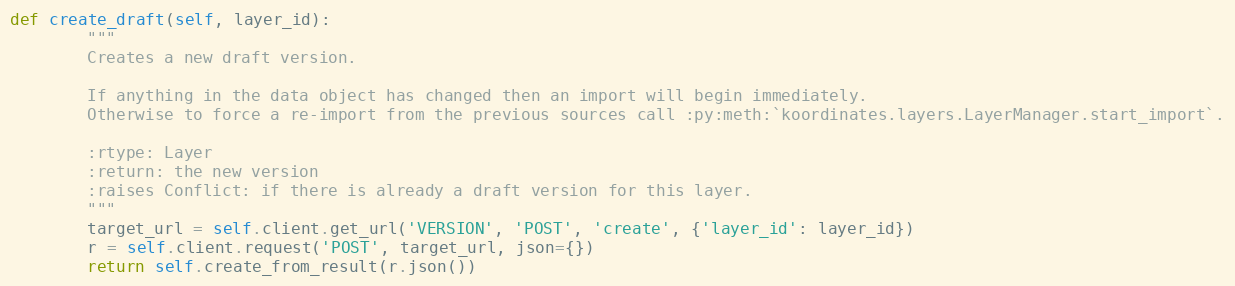
Language: Python
def create_draft(self, layer_id):
        """
        Creates a new draft version.

        If anything in the data object has changed then an import will begin immediately.
        Otherwise to force a re-import from the previous sources call :py:meth:`koordinates.layers.LayerManager.start_import`.

        :rtype: Layer
        :return: the new version
        :raises Conflict: if there is already a draft version for this layer.
        """
        target_url = self.client.get_url('VERSION', 'POST', 'create', {'layer_id': layer_id})
        r = self.client.request('POST', target_url, json={})
        return self.create_from_result(r.json())